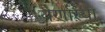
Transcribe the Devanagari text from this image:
येणाऱ्या